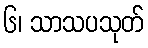
၆၊ သာသပသုတ်